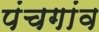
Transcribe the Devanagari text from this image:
पंचगांव